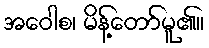
အဝေါစ၊ မိန့်တော်မူ၏။